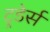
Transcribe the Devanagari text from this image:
ट्रडेर्स